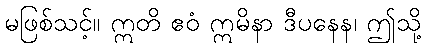
မဖြစ်သင့်။ ဣတိ ဧဝံ ဣမိနာ ဒီပနေန၊ ဤသို့